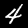
Digit: 4